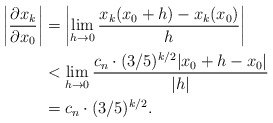
\begin{align*}\left| \frac{\partial x_k}{\partial x_0} \right| &= \left| \lim \limits_{h \to 0} \frac{x_k(x_0 + h) - x_k(x_0)}{h} \right| \\&< \lim \limits_{h \to 0} \frac{c_n \cdot (3/5)^{k/2}|x_0 + h - x_0|}{|h|} \\&= c_n \cdot (3/5)^{k/2}.\end{align*}